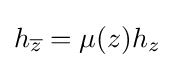
\displaystyle {h_{\overline {z}}=\mu (z)h_{z}}